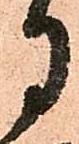
月